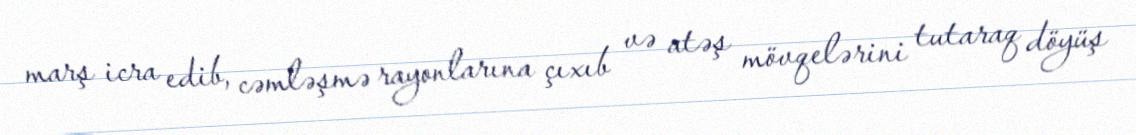
marş icra edib, cəmləşmə rayonlarına çıxıb və atəş mövqelərini tutaraq döyüş